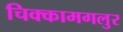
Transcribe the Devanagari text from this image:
चिक्कामगलुर